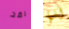
لقد أنها